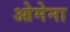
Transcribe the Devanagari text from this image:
ओमेना